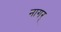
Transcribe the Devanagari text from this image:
नागर्